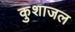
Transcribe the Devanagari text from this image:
कुशाजल